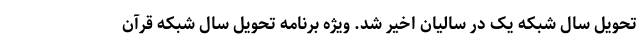
تحویل سال شبکه یک در سالیان اخیر شد. ویژه برنامه تحویل سال شبکه قرآن